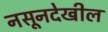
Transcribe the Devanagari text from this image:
नसूनदेखील